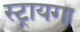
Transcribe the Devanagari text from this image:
स्ट्रायगा